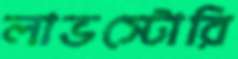
লাভস্টোরি